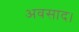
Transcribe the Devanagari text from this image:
अवसाद।